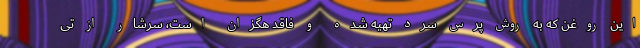
این روغن که به روش پرس سرد تهیه شده و فاقد هگزان است، سرشار از تی